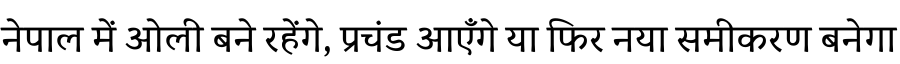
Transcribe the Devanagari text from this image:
नेपाल में ओली बने रहेंगे, प्रचंड आएँगे या फिर नया समीकरण बनेगा